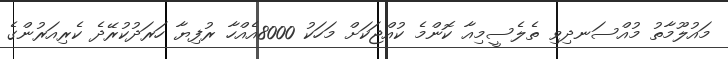
މައުލޫމާތު މުއްސަނދިވި ތެލެސީމިއާ ކޮންމެ ކުއްޖަކަށް މަހަކު 8000އެއްހާ ރުފިޔާ ހަރަދުކުރޭދެ ކެރިއަރުންގެ